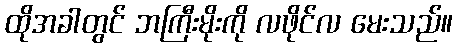
ထိုအခါတွင် ဘကြီးမိုးကို လဖိုင်လ မေးသည်။